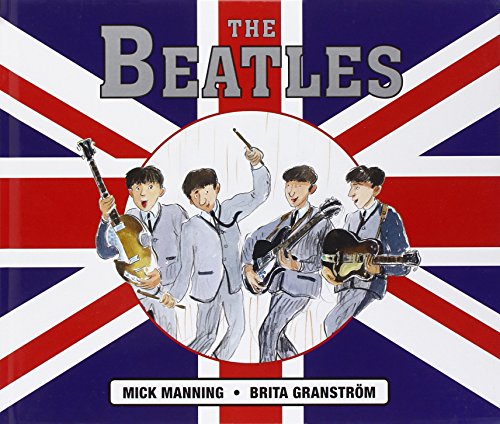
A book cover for Beatles; Brita GranstrÃ¶m; Humor & Entertainment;